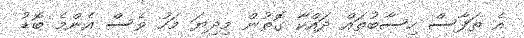
އެ ތަފާސް ހިސާބުތައް ދައްކާ ގޮތުން މިދިޔަ މަހު ވެސް އެންމެ ބޮޑު